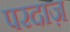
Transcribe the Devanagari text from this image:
परदाज़